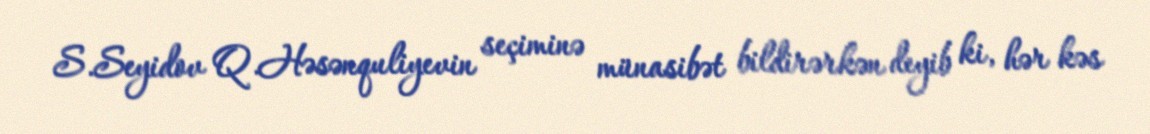
S.Seyidov Q.Həsənquliyevin seçiminə münasibət bildirərkən deyib ki, hər kəs